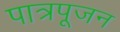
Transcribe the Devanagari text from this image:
पात्रपूजन